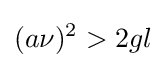
(a\nu )^{2}>2gl